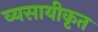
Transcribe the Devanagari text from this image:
व्यसायीकृत